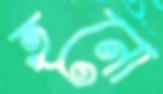
হনো